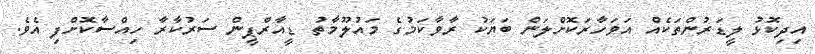
އިދިކޮޅު ލީޑަރުންތަކެއް އަވަހާރަކޮށްލަން ބަޔަކު ރާވާކަމުގެ މައުލޫމާތު ޑީއާރްޕީން ސަރުކާރާ ހިއްސާކޮށްފި އެވެ.